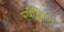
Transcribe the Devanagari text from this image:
स्पौनिंग